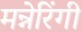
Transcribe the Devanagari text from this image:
मन्नेरिंगी